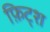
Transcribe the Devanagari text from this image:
फ़िट्श